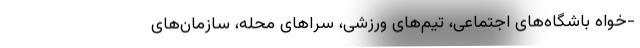
-خواه باشگاه‌های اجتماعی، تیم‌های ورزشی، سراهای محله، سازمان‌های